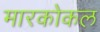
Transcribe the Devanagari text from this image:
मारकोकल